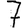
Digit: 7